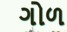
ગોળ